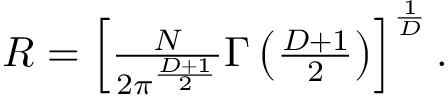
\begin{array} { r } { R = \left[ \frac { N } { 2 \pi ^ { \frac { D + 1 } { 2 } } } \Gamma \left( \frac { D + 1 } { 2 } \right) \right] ^ { \frac { 1 } { D } } . } \end{array}